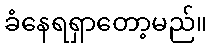
ခံနေရရှာတော့မည်။